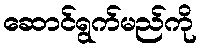
ဆောင်ရွက်မည်ကို